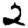
Digit: 2